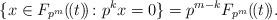
LaTeX: \begin{align*}\{x\in F_{p^m}(\!(t)\!)\colon p^kx=0\}=p^{m-k}F_{p^m}(\!(t)\!).\end{align*}